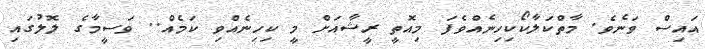
އައިސް ވަނެވެ. މާތްކަލާކޯކިހިނެއްވެފަ މިއޮތީ ރީޝާއަށް މީ ކިހިނެއްވިި ކަމެއް.. ވަސީމާގެ ލޮލުގައި